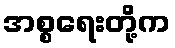
အစ္စရေးတို့က